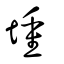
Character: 堹